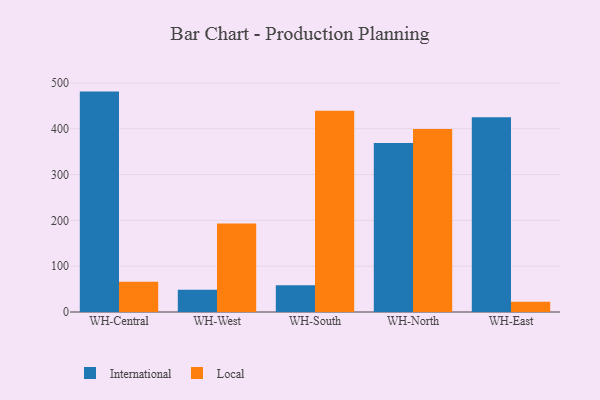
{"axis": {"x": "Warehouse", "y": "Production Output"}, "legend": ["International", "Local"], "data": [{"x": "WH-Central", "y": 481.1, "type": "International"}, {"x": "WH-Central", "y": 66.3, "type": "Local"}, {"x": "WH-West", "y": 48.8, "type": "International"}, {"x": "WH-West", "y": 193.2, "type": "Local"}, {"x": "WH-South", "y": 58.3, "type": "International"}, {"x": "WH-South", "y": 439.4, "type": "Local"}, {"x": "WH-North", "y": 368.7, "type": "International"}, {"x": "WH-North", "y": 399.4, "type": "Local"}, {"x": "WH-East", "y": 425.3, "type": "International"}, {"x": "WH-East", "y": 22.3, "type": "Local"}]}